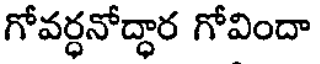
గోవర్ధనోద్దార గోవిందా